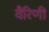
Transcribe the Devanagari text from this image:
वैरिणी